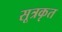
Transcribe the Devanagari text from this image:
सूत्रकृत